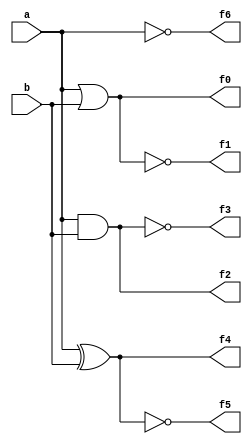
`timescale 1ns / 1ps
module basicgates(input a,b,output f0,f1,f2,f3,f4,f5,f6);
 or or_1(f0,a,b);
 nor nor_1(f1,a,b);
 and and_1(f2,a,b);
 nand nand_1(f3,a,b);
 xor xor_1(f4,a,b);
 xnor xnor_1(f5,a,b);
 not not_1(f6,a);
endmodule